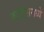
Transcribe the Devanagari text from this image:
काईटसमध्ये